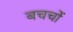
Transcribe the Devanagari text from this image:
बचचों